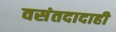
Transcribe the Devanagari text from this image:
वसंतदादाही